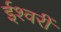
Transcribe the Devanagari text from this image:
ईश्वरीं